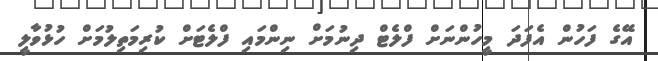
އޭގެ ފަހުން އެފަދަ މީހުންނަށް ފްލެޓް ދިނުމަށް ނިންމައި ފްލެޓަށް ކުރިމަތިލުމަށް ހުޅުވާލީ